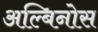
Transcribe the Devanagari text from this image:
अल्बिनोस